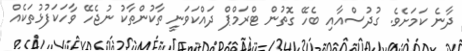
ދާނެ ކަމަށެވެ. ގުދުސްއާއި ބެހޭ ގޮތުން ޓްރަމްޕް ދައްކަވަނީ ތާކުންތާކު ނުޖެހޭ ވާހަކަފުޅުތަކެއް